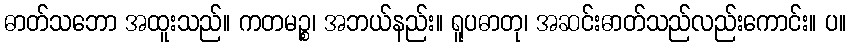
ဓာတ်သဘော အထူးသည်။ ကတမဉ္စ၊ အဘယ်နည်း။ ရူပဓာတု၊ အဆင်းဓာတ်သည်လည်းကောင်း။ ပ။